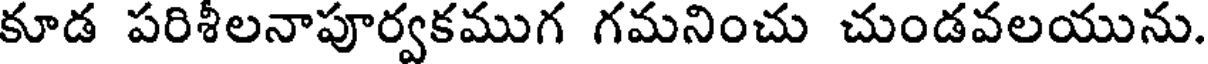
కూడ పరిశీలనాపూర్వకముగ గమనించు చుండవలయును.